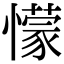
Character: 懞